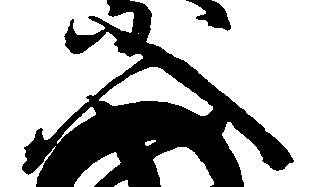
入